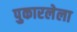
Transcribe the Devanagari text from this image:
पुकारलेला